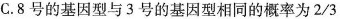
C.8号的基因型与3号的基因型相同的概率为2/3